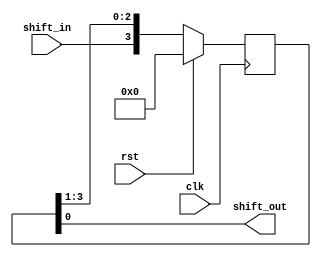
module siso (
    input wire clk,       
    input wire rst,     
    input wire shift_in,  
    output wire shift_out 
);
 reg [3:0] q;

    always @(posedge clk ) begin
        if (rst) begin
           
            q <= 4'b0000;
        end 
        
        else
         begin
            q <= {shift_in, q[3:1]};
        end
    end

    assign shift_out = q[0];

endmodule